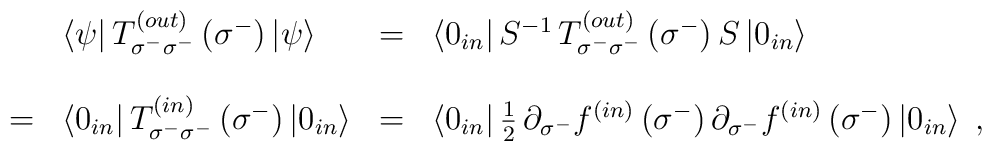
\begin{array}{llll}\ &\left<\psi\right|T^{\left(out\right)}_{\sigma^-\sigma^-}\left(\sigma^-\right)\left|\psi\right>&=&\left<0_{in}\right|S^{-1}\,T^{\left(out\right)}_{\sigma^-\sigma^-}\left(\sigma^-\right)S\left|0_{in}\right>\\\\=&\left<0_{in}\right|T^{\left(in\right)}_{\sigma^-\sigma^-}\left(\sigma^-\right)\left|0_{in}\right>&=&\left<0_{in}\right|{1\over2}\,\partial_{\sigma^-}f^{\left(in\right)}\left(\sigma^-\right)\partial_{\sigma^-}f^{\left(in\right)}\left(\sigma^-\right)\left|0_{in}\right>\;,\end{array}